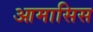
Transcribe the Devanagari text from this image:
आमासिस